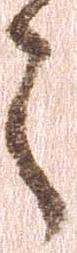
々